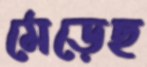
মেড়েছ